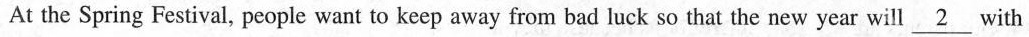
Atthe Spring Festival, people want to keep away from bad luck so that the new year will\underline{ 2}with